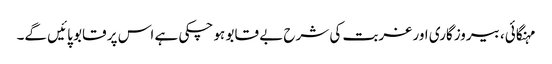
مہنگائی، بیروزگاری اور غربت کی شرح بے قابو ہو چکی ہے اس پر قابو پائیں گے۔